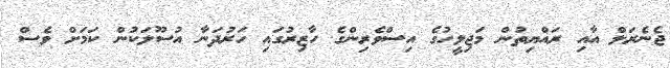
ޖެނެރަލް އާއި ރައްޔިތުން މަޖިލީހުގެ އިސްވެރިންގެ ހާޒިރުގައި ހަރުދަނާ އުސޫލަކުން ކަމަށް ވެސް